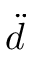
\ddot { d }